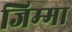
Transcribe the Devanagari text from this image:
जिम्‍मा